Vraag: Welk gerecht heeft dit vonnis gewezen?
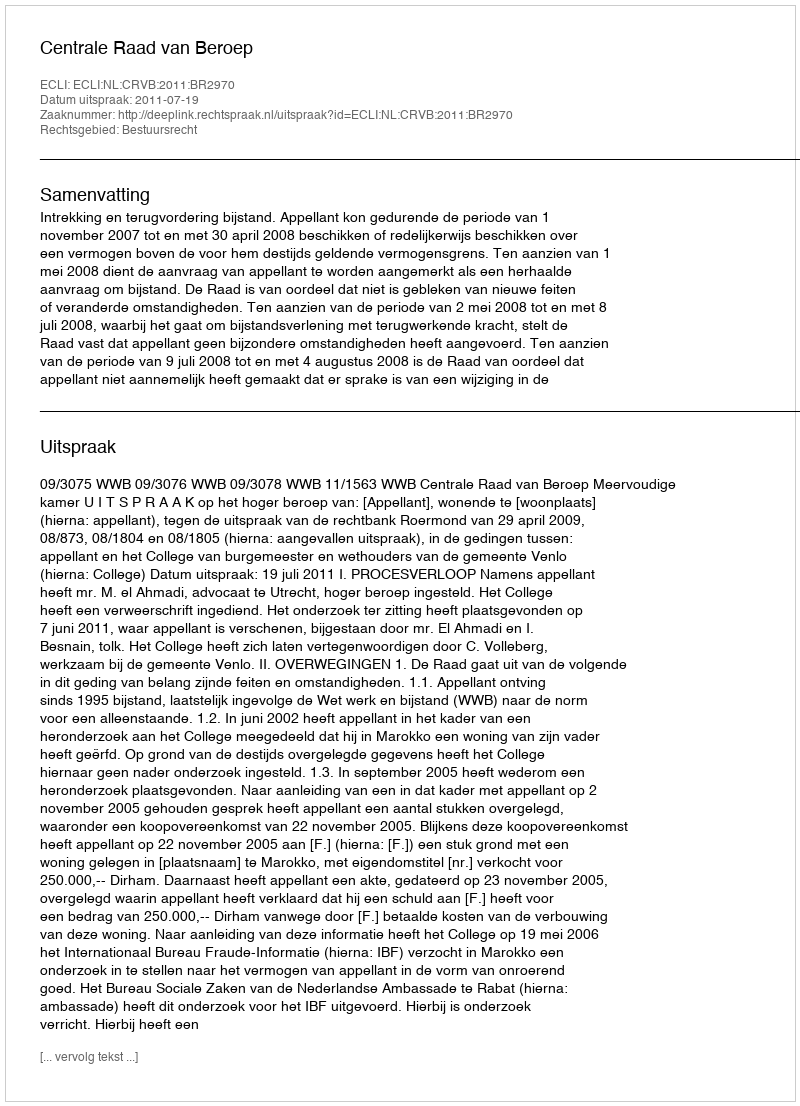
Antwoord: Centrale Raad van Beroep